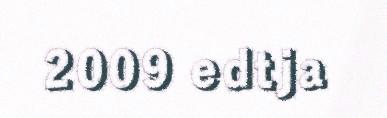
2009 edtja